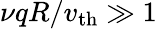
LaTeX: \nu qR/v_{\mathrm{th}}\gg 1